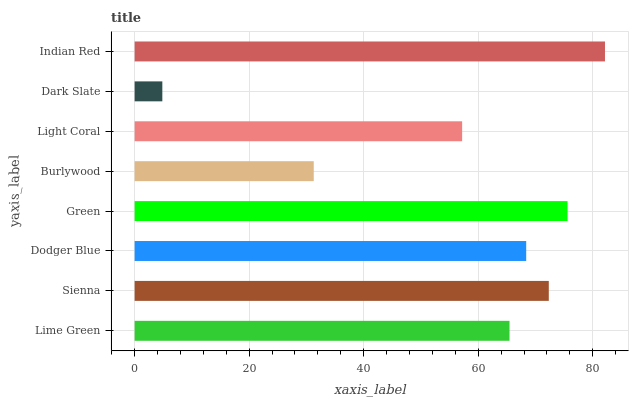
| yaxis_label | bars |
 | --- | --- |
 | Lime Green | 65.5 |
 | Sienna | 72.3 |
 | Dodger Blue | 68.4 |
 | Green | 75.6 |
 | Burlywood | 31.3 |
 | Light Coral | 57.2 |
 | Dark Slate | 4.84 |
 | Indian Red | 82.1 |